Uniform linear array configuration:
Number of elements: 64
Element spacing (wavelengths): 0.5
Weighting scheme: kaiser
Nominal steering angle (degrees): -45
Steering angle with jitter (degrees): -46.306
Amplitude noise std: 0.05
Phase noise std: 0.05

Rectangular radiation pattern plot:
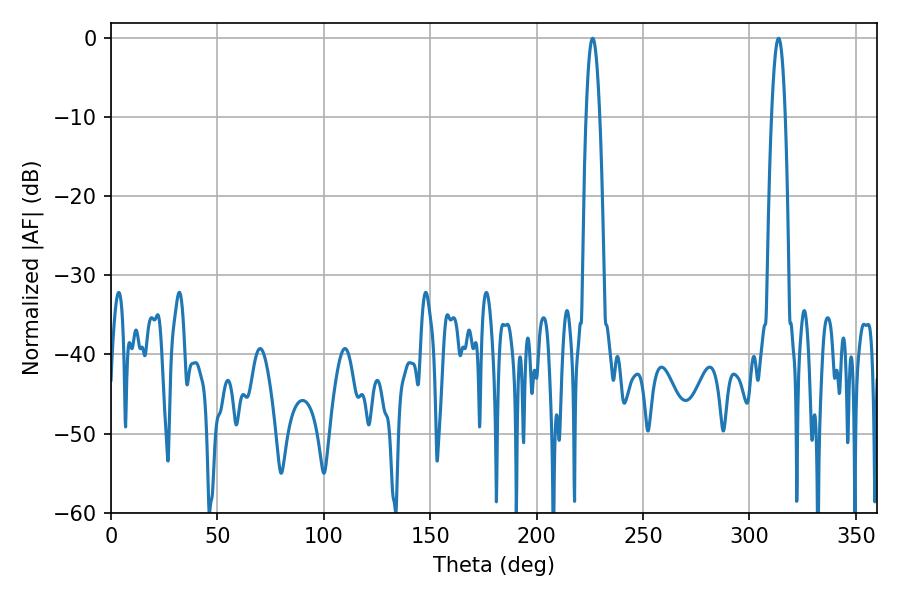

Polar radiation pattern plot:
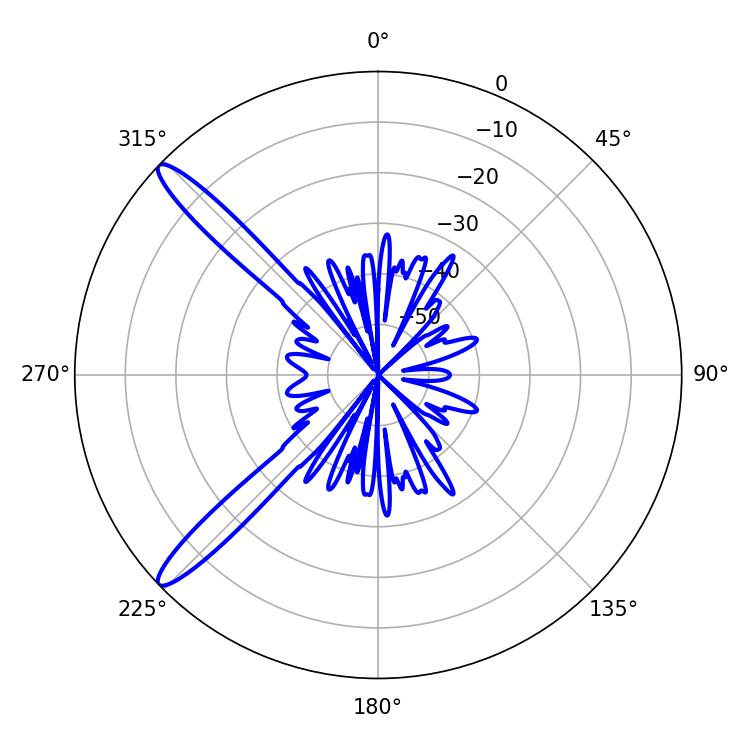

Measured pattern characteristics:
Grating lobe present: FALSE
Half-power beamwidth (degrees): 3.42
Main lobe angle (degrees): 226.26